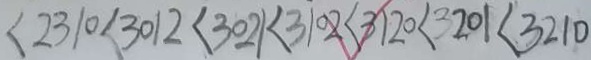
< 2 3 1 0 < 3 0 1 2 < 3 0 2 1 < 3 1 0 2 < 3 1 2 0 < 3 2 0 1 < 3 2 1 0